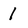
Character: 1